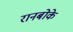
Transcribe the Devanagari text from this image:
रानबोके